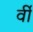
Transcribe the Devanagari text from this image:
र्वी